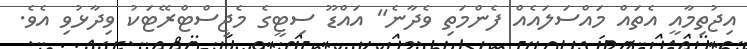
އިޖުތިމާއީ އެތައް މައްސަލައެއް ފެންމަތި ވެދާނެ" އައްޑޫ ސިޓީގެ މެޖިސްޓްރޭޓަކު ވިދާޅުވި އެވެ.